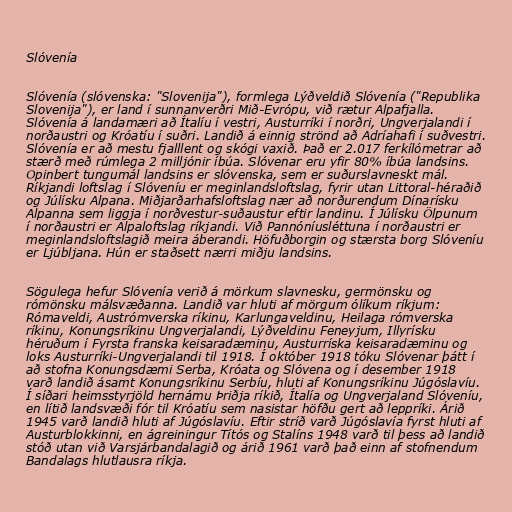
Slóvenía

Slóvenía (slóvenska: "Slovenija"), formlega Lýðveldið Slóvenía ("Republika
Slovenija"), er land í sunnanverðri Mið-Evrópu, við rætur Alpafjalla.
Slóvenía á landamæri að Ítalíu í vestri, Austurríki í norðri, Ungverjalandi í
norðaustri og Króatíu í suðri. Landið á einnig strönd að Adríahafi í suðvestri.
Slóvenía er að mestu fjalllent og skógi vaxið. Það er 2.017 ferkílómetrar að
stærð með rúmlega 2 milljónir íbúa. Slóvenar eru yfir 80% íbúa landsins.
Opinbert tungumál landsins er slóvenska, sem er suðurslavneskt mál.
Ríkjandi loftslag í Slóveníu er meginlandsloftslag, fyrir utan Littoral-héraðið
og Júlísku Alpana. Miðjarðarhafsloftslag nær að norðurendum Dínarísku
Alpanna sem liggja í norðvestur-suðaustur eftir landinu. Í Júlísku Ölpunum
í norðaustri er Alpaloftslag ríkjandi. Við Pannóníusléttuna í norðaustri er
meginlandsloftslagið meira áberandi. Höfuðborgin og stærsta borg Slóveníu
er Ljúbljana. Hún er staðsett nærri miðju landsins.

Sögulega hefur Slóvenía verið á mörkum slavnesku, germönsku og
rómönsku málsvæðanna. Landið var hluti af mörgum ólíkum ríkjum:
Rómaveldi, Austrómverska ríkinu, Karlungaveldinu, Heilaga rómverska
ríkinu, Konungsríkinu Ungverjalandi, Lýðveldinu Feneyjum, Illyrísku
héruðum í Fyrsta franska keisaradæminu, Austurríska keisaradæminu og
loks Austurríki-Ungverjalandi til 1918. Í október 1918 tóku Slóvenar þátt í
að stofna Konungsdæmi Serba, Króata og Slóvena og í desember 1918
varð landið ásamt Konungsríkinu Serbíu, hluti af Konungsríkinu Júgóslavíu.
Í síðari heimsstyrjöld hernámu Þriðja ríkið, Ítalía og Ungverjaland Slóveníu,
en lítið landsvæði fór til Króatíu sem nasistar höfðu gert að leppríki. Árið
1945 varð landið hluti af Júgóslavíu. Eftir stríð varð Júgóslavía fyrst hluti af
Austurblokkinni, en ágreiningur Títós og Stalíns 1948 varð til þess að landið
stóð utan við Varsjárbandalagið og árið 1961 varð það einn af stofnendum
Bandalags hlutlausra ríkja.